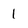
Character: 1